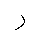
Letter: _ra